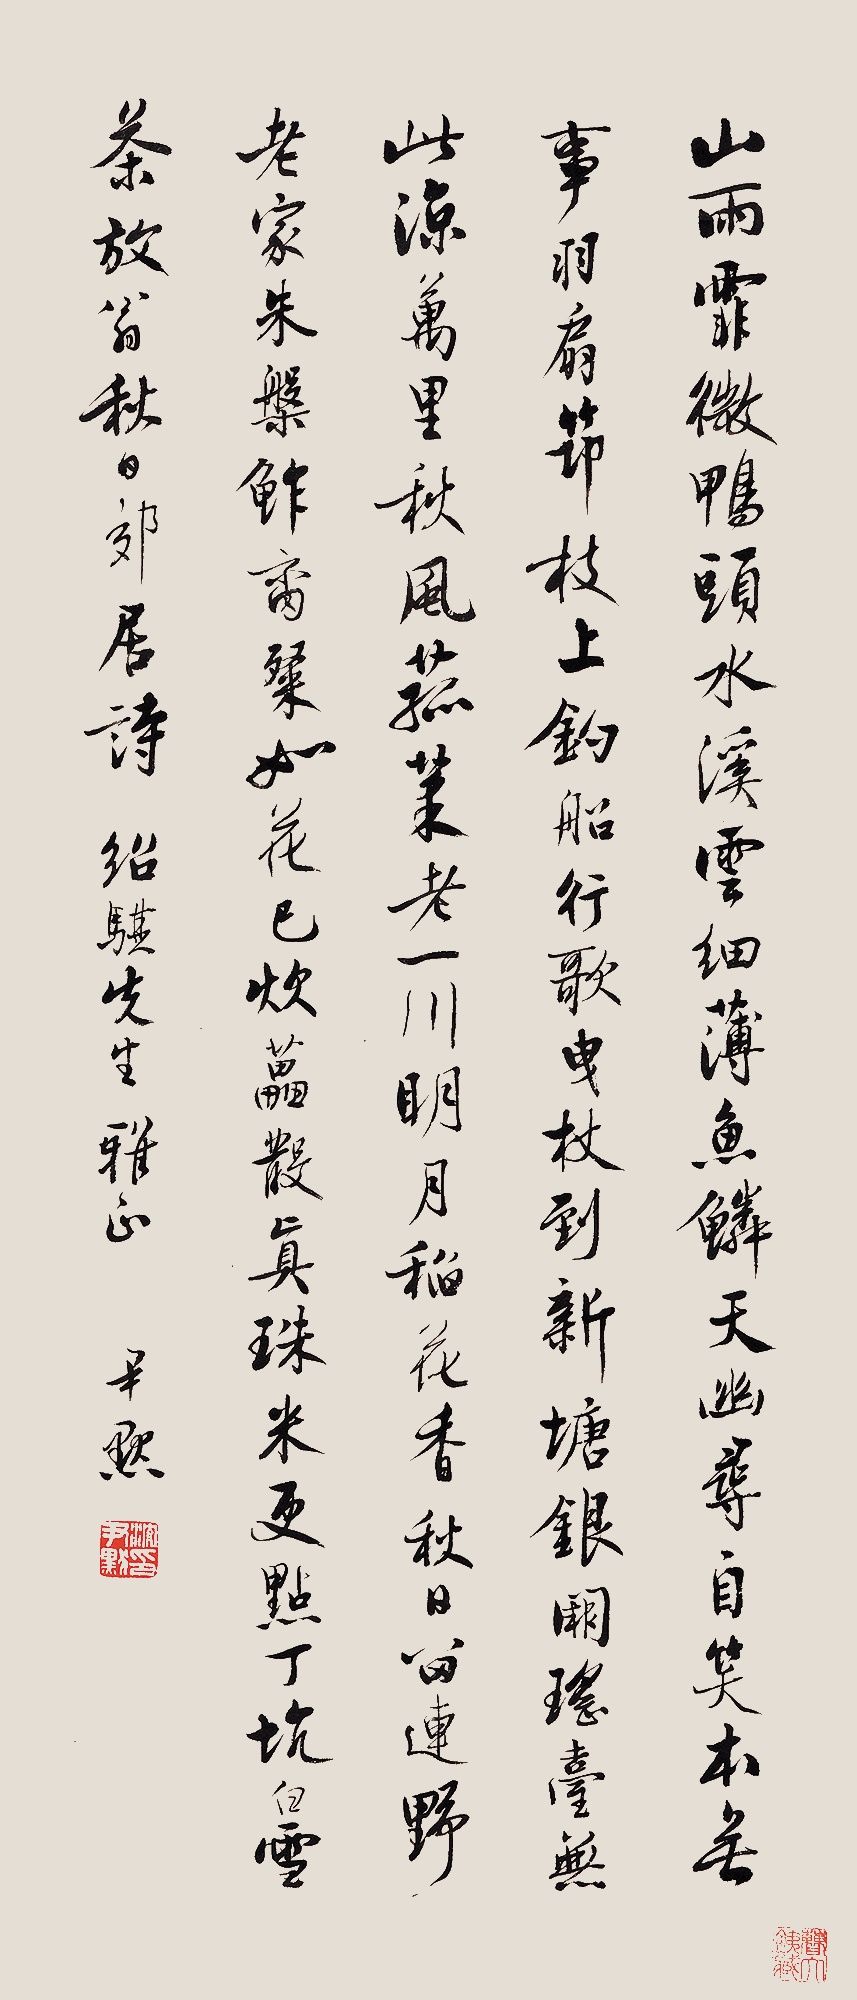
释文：山雨霏微鸭头水，溪云细薄鱼鳞天。幽寻自笑本无事，羽扇筇枝上钓船。行歌曳杖到新塘，银阙瑶台无此凉。万里秋风菰菜老，一川明月稻花香。秋日留连野老家，朱盘鲊脔粲如花。已炊藟散真珠米，更点丁坑白雪茶。放翁《秋日郊居》诗。绍骐先生雅正，尹默。